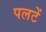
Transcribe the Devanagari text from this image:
पलटें